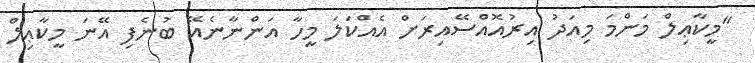
"މީކާޢިލް މަންމަ މިއަދު އިރުއޮއްސޭއިރަށް އެއްކަލަ މީހާ އަންނާނެއޭ ބުނެފި އޭނަ މީކާޢިލް